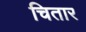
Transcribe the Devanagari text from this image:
चितार